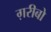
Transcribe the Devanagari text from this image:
ग़रीबो